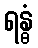
ရန္ဓံ